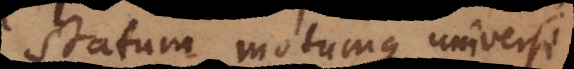
statum motumque universi